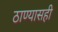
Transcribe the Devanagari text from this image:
ठाण्यासही